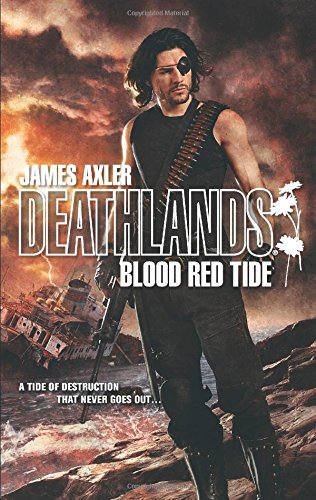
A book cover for Blood Red Tide (Deathlands); James Axler; Literature & Fiction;